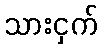
သားငှက်